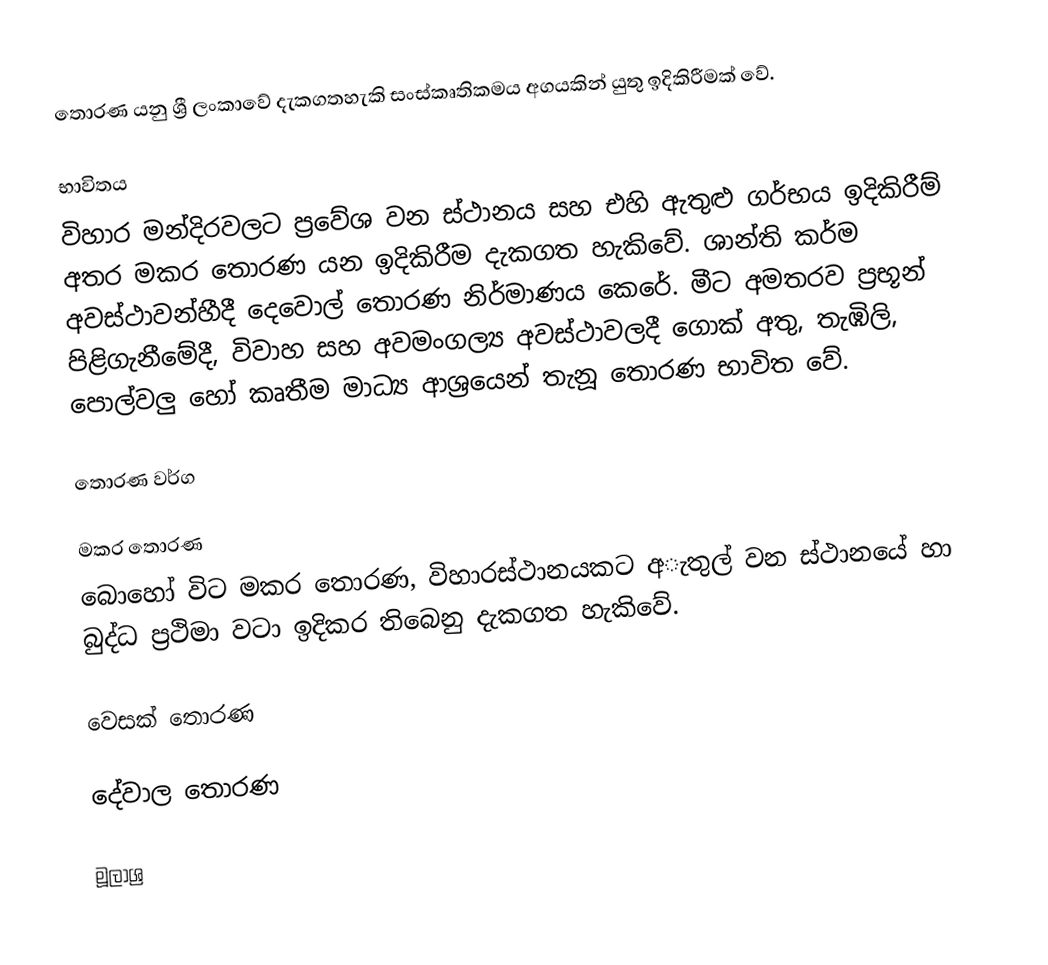
තොරණ යනු ශ්‍රී ලංකාවේ දැකගතහැකි සංස්කෘතිකමය අගයකින් යුතු ඉදිකිරීමක් වේ.

භාවිතය
විහාර මන්දිරවලට ප්‍රවේශ වන ස්‌ථානය සහ එහි ඇතුළු ගර්භය ඉදිකිරීම් අතර මකර තොරණ යන ඉදිකිරීම දැකගත හැකිවේ. ශාන්ති කර්ම අවස්ථාවන්හීදී දෙවොල් තොරණ නිර්මාණය කෙරේ. මීට අමතරව ප්‍රභූන් පිළිගැනීමේදී, විවාහ සහ අවමංගල්‍ය අවස්‌ථාවලදී ගොක්‌ අතු, තැඹිලි, පොල්වලු හෝ කෘතීම මාධ්‍ය ආශ්‍රයෙන් තැනූ තොරණ භාවිත වේ.

තොරණ වර්ග

මකර තොරණ
බොහෝ විට මකර තොරණ, විහාරස්ථානයකට අැතුල් වන ස්ථානයේ හා බුද්ධ ප්‍රථිමා වටා ඉදිකර තිබෙනු දැකගත හැකිවේ.

වෙසක් තොරණ

දේවාල තොරණ

මූලාශ්‍ර